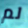
لم